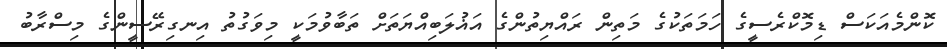
ކޮންމެއަކަސް ޑިމޮކްރެސީގެ ހަމަތަކުގެ މަތިން ރައްޔިތުންގެ އަޣުލަބިއްޔަތަށް ތަބާވުމަކީ މިވަގުތު އިނގިރޭސީންގެ މިސްރާބު